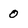
Character: 0